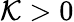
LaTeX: \mathcal{K}>0